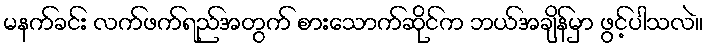
မနက်ခင်း လက်ဖက်ရည်အတွက် စားသောက်ဆိုင်က ဘယ်အချိန်မှာ ဖွင့်ပါသလဲ။